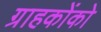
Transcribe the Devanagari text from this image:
ग्राहकोंको